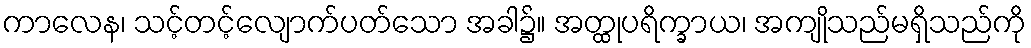
ကာလေန၊ သင့်တင့်လျောက်ပတ်သော အခါ၌။ အတ္ထုပရိက္ခာယ၊ အကျိုသည်မရှိသည်ကို